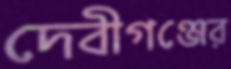
দেবীগঞ্জের